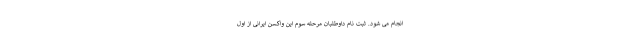
انجام می شود. ثبت نام داوطلبان مرحله سوم این واکسن ایرانی از اول